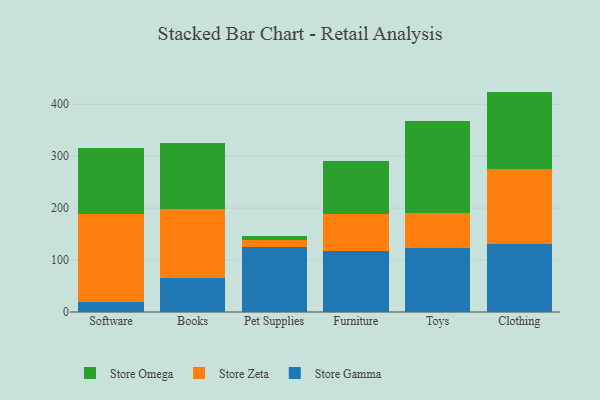
{"axis": {"x": "Category", "y": "Temperature (°C)"}, "legend": ["Store Gamma", "Store Omega", "Store Zeta"], "data": [{"x": "Software", "y": 20.0, "type": "Store Gamma"}, {"x": "Software", "y": 169.5, "type": "Store Zeta"}, {"x": "Software", "y": 126.9, "type": "Store Omega"}, {"x": "Books", "y": 65.8, "type": "Store Gamma"}, {"x": "Books", "y": 133.4, "type": "Store Zeta"}, {"x": "Books", "y": 126.2, "type": "Store Omega"}, {"x": "Pet Supplies", "y": 124.8, "type": "Store Gamma"}, {"x": "Pet Supplies", "y": 14.2, "type": "Store Zeta"}, {"x": "Pet Supplies", "y": 7.3, "type": "Store Omega"}, {"x": "Furniture", "y": 117.7, "type": "Store Gamma"}, {"x": "Furniture", "y": 71.6, "type": "Store Zeta"}, {"x": "Furniture", "y": 102.2, "type": "Store Omega"}, {"x": "Toys", "y": 122.9, "type": "Store Gamma"}, {"x": "Toys", "y": 68.3, "type": "Store Zeta"}, {"x": "Toys", "y": 176.8, "type": "Store Omega"}, {"x": "Clothing", "y": 131.7, "type": "Store Gamma"}, {"x": "Clothing", "y": 144.1, "type": "Store Zeta"}, {"x": "Clothing", "y": 148.5, "type": "Store Omega"}]}